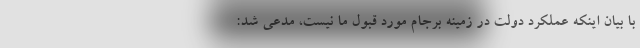
با بیان اینکه عملکرد دولت در زمینه برجام مورد قبول ما نیست، مدعی شد: